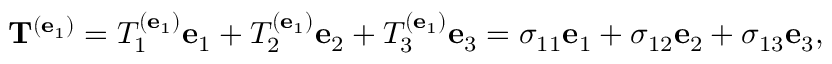
\mathbf { T } ^ { ( \mathbf { e } _ { 1 } ) } = T _ { 1 } ^ { ( \mathbf { e } _ { 1 } ) } \mathbf { e } _ { 1 } + T _ { 2 } ^ { ( \mathbf { e } _ { 1 } ) } \mathbf { e } _ { 2 } + T _ { 3 } ^ { ( \mathbf { e } _ { 1 } ) } \mathbf { e } _ { 3 } = \sigma _ { 1 1 } \mathbf { e } _ { 1 } + \sigma _ { 1 2 } \mathbf { e } _ { 2 } + \sigma _ { 1 3 } \mathbf { e } _ { 3 } ,